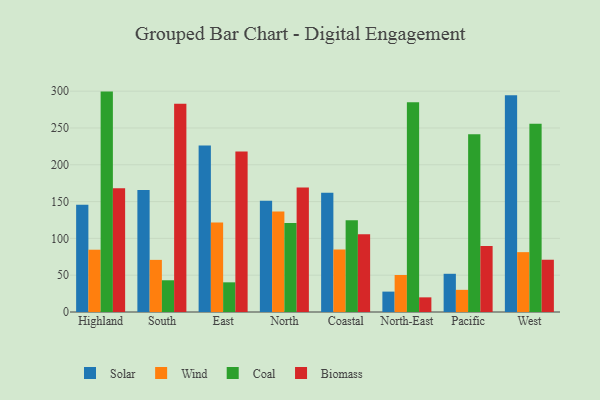
{"axis": {"x": "Region", "y": "Demand Index"}, "legend": ["Biomass", "Coal", "Solar", "Wind"], "data": [{"x": "Highland", "y": 145.8, "type": "Solar"}, {"x": "Highland", "y": 84.6, "type": "Wind"}, {"x": "Highland", "y": 299.4, "type": "Coal"}, {"x": "Highland", "y": 168.1, "type": "Biomass"}, {"x": "South", "y": 165.7, "type": "Solar"}, {"x": "South", "y": 70.8, "type": "Wind"}, {"x": "South", "y": 43.1, "type": "Coal"}, {"x": "South", "y": 283.0, "type": "Biomass"}, {"x": "East", "y": 226.3, "type": "Solar"}, {"x": "East", "y": 121.7, "type": "Wind"}, {"x": "East", "y": 40.3, "type": "Coal"}, {"x": "East", "y": 218.0, "type": "Biomass"}, {"x": "North", "y": 151.2, "type": "Solar"}, {"x": "North", "y": 136.4, "type": "Wind"}, {"x": "North", "y": 121.0, "type": "Coal"}, {"x": "North", "y": 169.2, "type": "Biomass"}, {"x": "Coastal", "y": 161.9, "type": "Solar"}, {"x": "Coastal", "y": 84.9, "type": "Wind"}, {"x": "Coastal", "y": 124.8, "type": "Coal"}, {"x": "Coastal", "y": 105.7, "type": "Biomass"}, {"x": "North-East", "y": 27.7, "type": "Solar"}, {"x": "North-East", "y": 50.3, "type": "Wind"}, {"x": "North-East", "y": 285.0, "type": "Coal"}, {"x": "North-East", "y": 19.9, "type": "Biomass"}, {"x": "Pacific", "y": 51.9, "type": "Solar"}, {"x": "Pacific", "y": 30.1, "type": "Wind"}, {"x": "Pacific", "y": 241.3, "type": "Coal"}, {"x": "Pacific", "y": 89.8, "type": "Biomass"}, {"x": "West", "y": 294.6, "type": "Solar"}, {"x": "West", "y": 81.3, "type": "Wind"}, {"x": "West", "y": 255.7, "type": "Coal"}, {"x": "West", "y": 71.0, "type": "Biomass"}]}